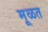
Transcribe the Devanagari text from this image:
मूळत